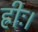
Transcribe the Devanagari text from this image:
ह्रीः।